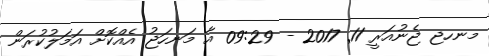
މނހޖ ޖެނުއަރީ 11